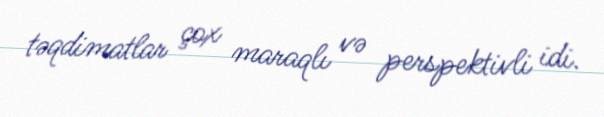
təqdimatlar çox maraqlı və perspektivli idi.